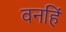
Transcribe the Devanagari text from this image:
वनहिं